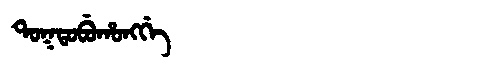
Manchu: ᡨᠣᡴᡨᠣᠪᡠᡥᠣᠩᡤᡝ
Romanization: TOKTOBUHONGGE